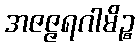
အဇဇ္ဇရဂါမိဉ္စ